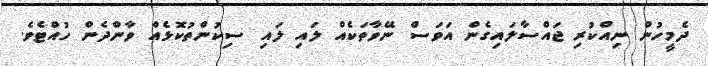
ދެމީހުން ނިއްކުރި ޖައްސާލައިގެން އަވަސް ނޭވާތަކެއް ލައި ލައި ސިކުންތުކޮޅެއް ވާންދެން ހުއްޓެވެ.